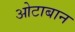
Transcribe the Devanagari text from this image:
ओटाबान